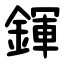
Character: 鍕